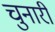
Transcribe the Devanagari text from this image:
चुनारी